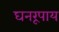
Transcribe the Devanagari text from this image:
घनरूपाय